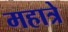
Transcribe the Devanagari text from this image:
महात्रे